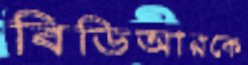
বিডিআরকে